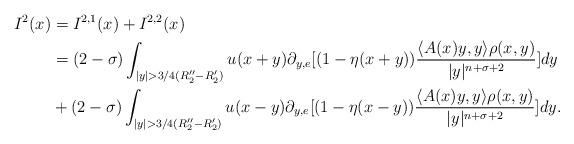
LaTeX: \begin{align*}I^2(x) &=I^{2,1}(x)+I^{2,2}(x)\\ &=(2-\sigma)\int_{|y|>3/4(R_2''-R_2')} u(x+y)\partial_{y,e}[(1-\eta(x+y))\frac{\langle A(x)y,y\rangle\rho(x,y)}{|y|^{n+\sigma+2}}]dy\\&+(2-\sigma)\int_{|y|>3/4(R_2''-R_2')}u(x-y)\partial_{y,e}[(1-\eta(x-y))\frac{\langle A(x)y,y\rangle\rho(x,y)}{|y|^{n+\sigma+2}}]dy.\end{align*}